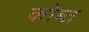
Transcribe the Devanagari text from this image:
कोब्त